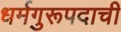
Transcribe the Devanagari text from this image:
धर्मगुरूपदाची